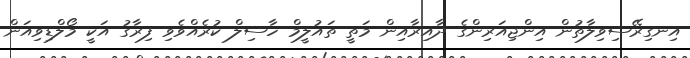
އިނގިރޭސިވިލާތުން އިންޖިއަރިންގެ ދާއިރާއިން މަތީ ތައުލީމް ހާސިލް ކުރެއްވެވި ފިރާގު އަކީ މޯލްޑިވިއަން